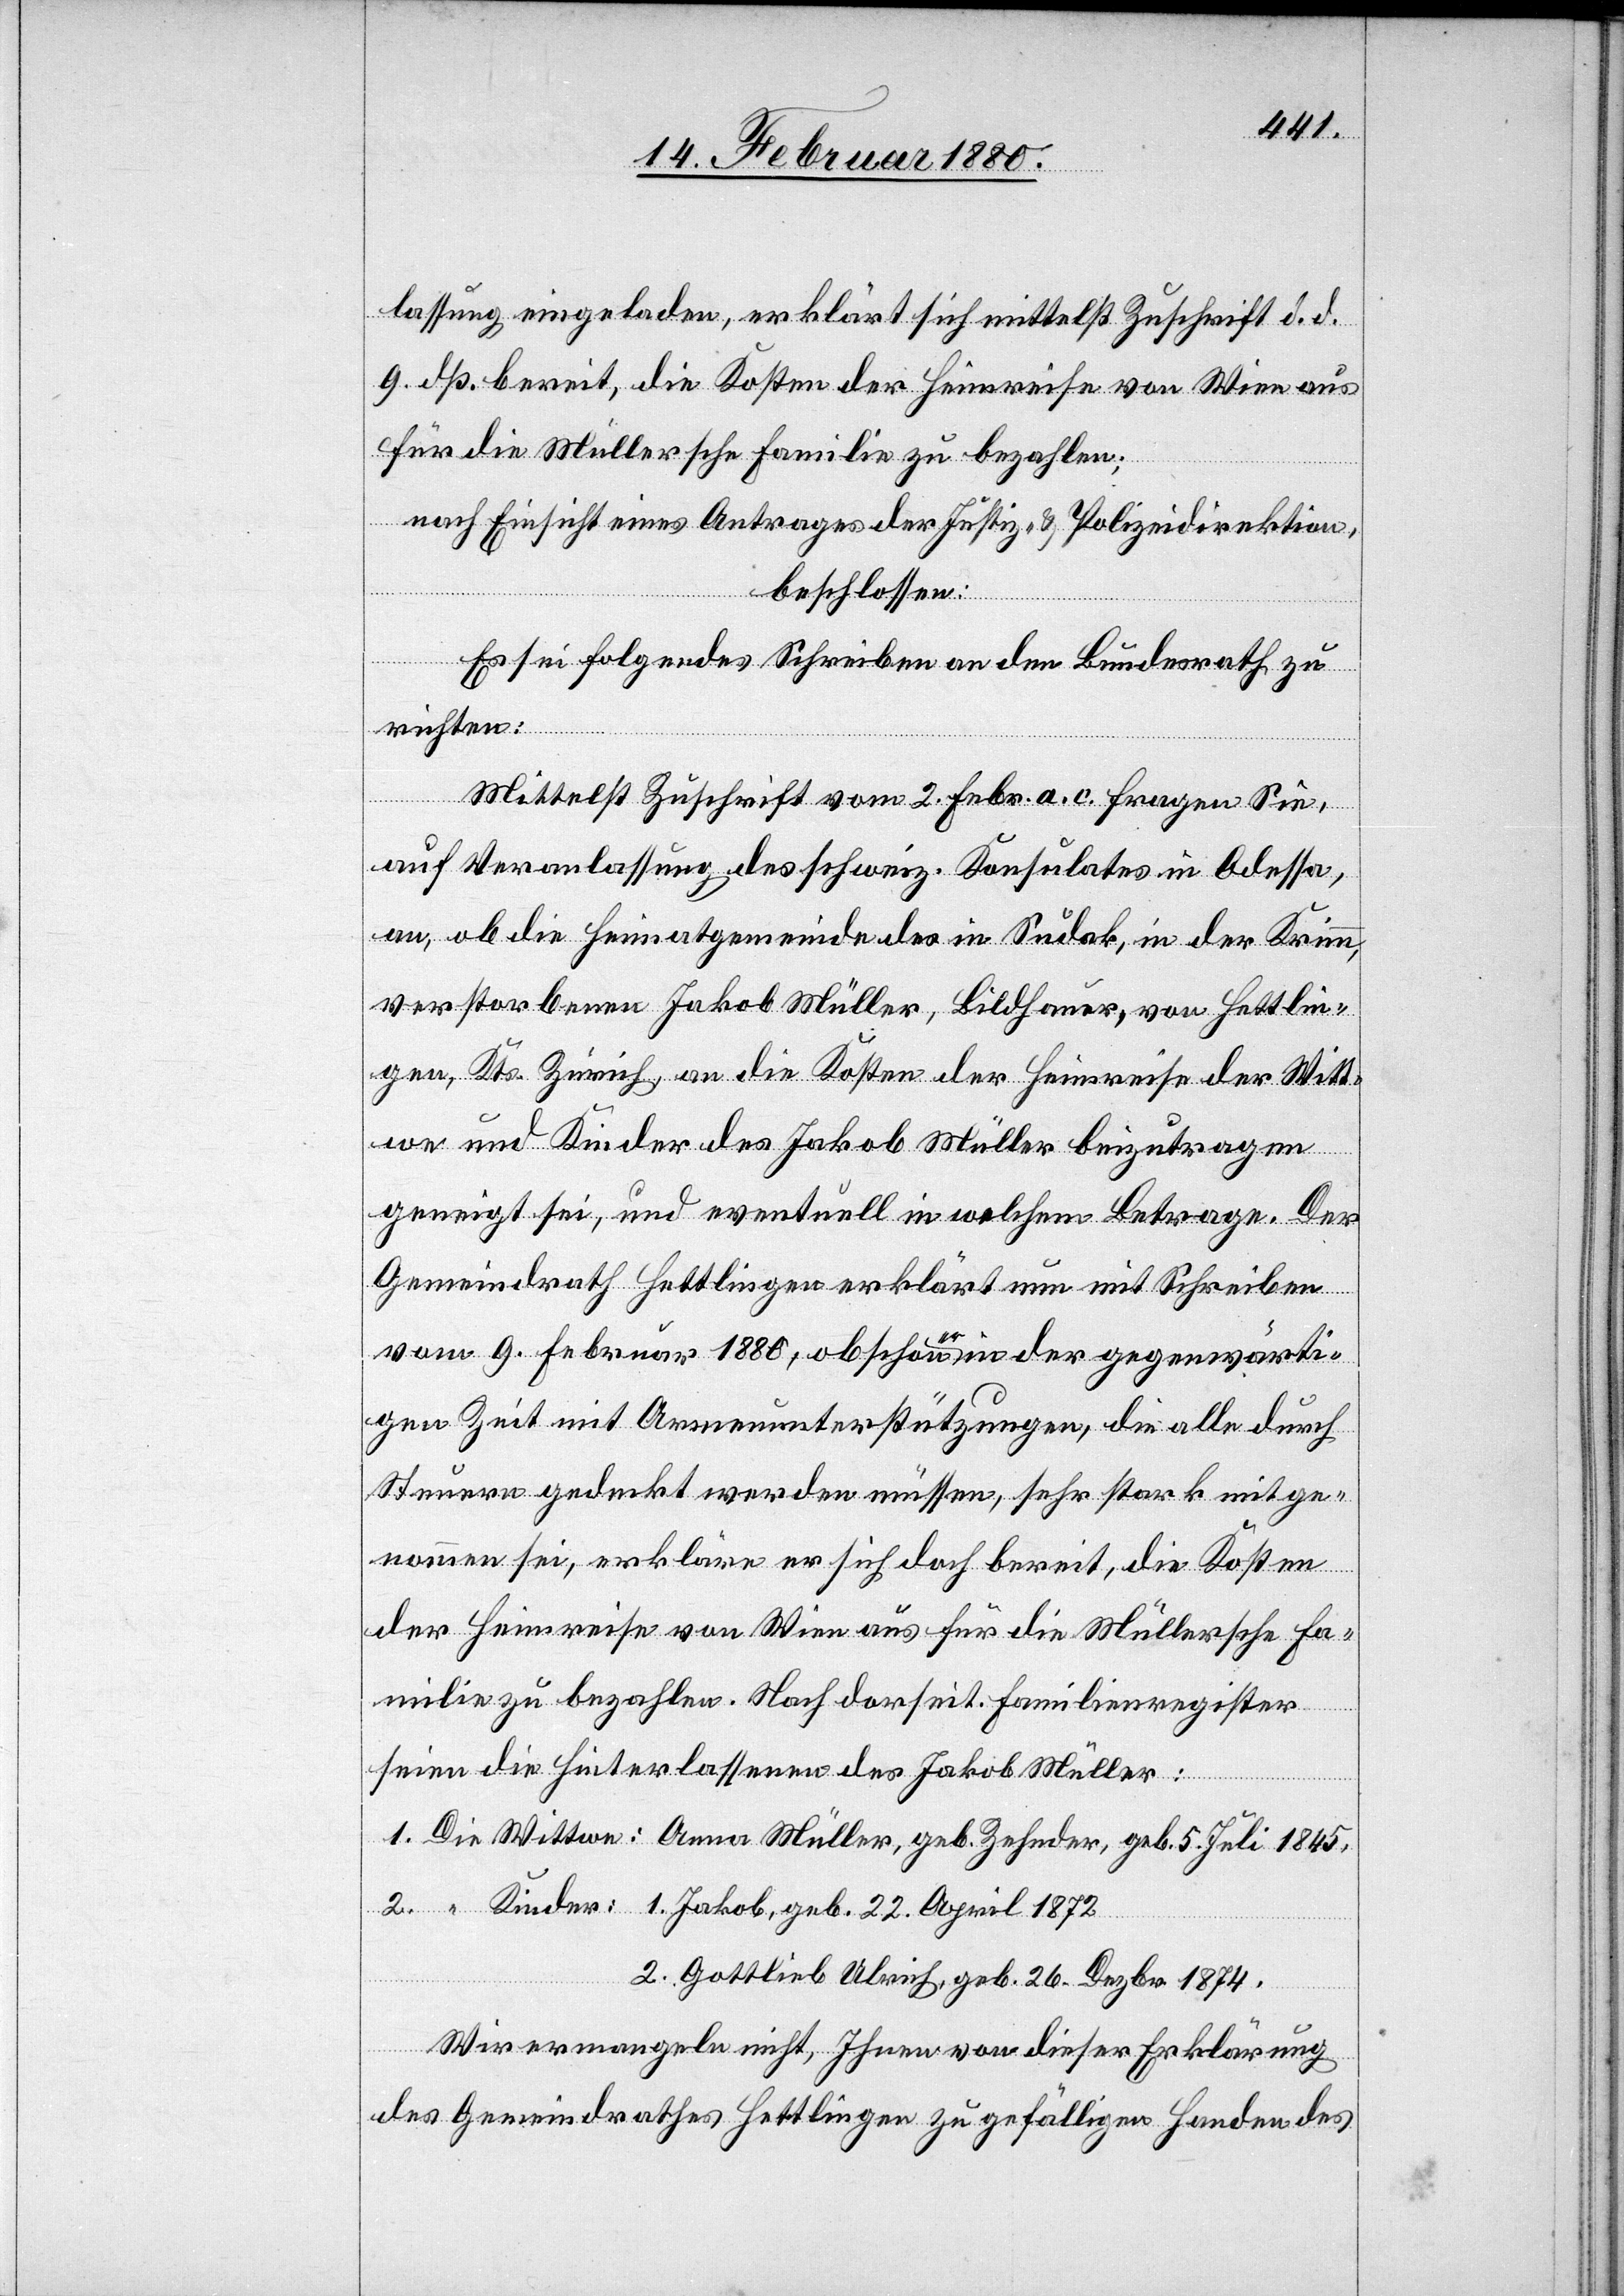
lassung eingeladen, erklärt sich mittelst Zuschrift d. d.
9. dß. bereit, die Kosten der Heimreise von Wien aus
für die Müllersche Familie zu bezahlen;
nach Einsicht eines Antrages der Justiz- & Polizeidirektion,
beschlossen:
1.
Es sei folgendes Schreiben an den Bundesrath zu
richten:
Mittelst Zuschrift vom 2. Febr. a. c. fragen Sie,
auf Veranlassung des schweiz. Konsulates in Odessa,
an, ob die Heimatgemeinde des in Sudok, in der Krimm,
verstorbenen Jakob Müller, Bildhauer, von Hettlin¬
gen, Kts. Zürich, an die Kosten der Heimreise der Witt¬
we und Kinder des Jakob Müller beizutragen
geneigt sei, und eventuell in welchem Betrage. Der
Gemeindrath Hettlingen erklärt nun mit Schreiben
vom 9. Februar 1880, obschon a-er-a in der gegenwärti¬
gen Zeit mit Armenunterstützungen, die alle durch
Steuern gedeckt werden müssen, sehr stark mitge¬
nommen sei, erkläre er sich doch bereit, die Kosten
der Heimreise von Wien aus für die Müllersche Fa¬
milie zu bezahlen. Nach der dortseit. Familienregister
April
seien die Hinterlassenen des Jakob Müller:
2. Gottlieb Ulrich, geb. 26. Dezbr. 1874.
“
Wir ermangeln nicht, Ihnen von dieser Erklärung
des Gemeindrathes Hettlingen zu gefälligen Handen des